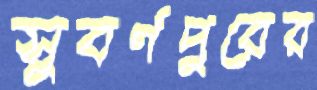
সুবর্ণপুরের